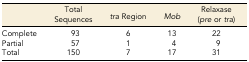
|  | Total Sequences | tra Region | Mob | Relaxase (pre or tra) |
 | --- | --- | --- | --- | --- |
 | Complete | 93 | 6 | 13 | 22 |
 | Partial | 57 | 1 | 4 | 9 |
 | Total | 150 | 7 | 17 | 31 |